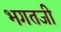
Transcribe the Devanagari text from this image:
भगतजी